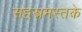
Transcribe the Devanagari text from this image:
सहस्त्रमस्तके